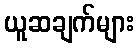
ယူဆချက်များ